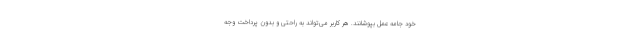
خود جامه عمل بپوشانند. هر کاربر می‌تواند به راحتی و بدون پرداخت وجه